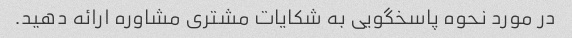
در مورد نحوه پاسخگویی به شکایات مشتری مشاوره ارائه دهید.